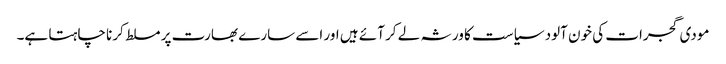
مودی گجرات کی خون آلود سیاست کا ورثہ لے کر آئے ہیں اور اسے سارے بھارت پر مسلط کرنا چاہتا ہے۔